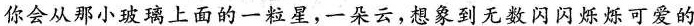
你会从那小玻璃上面的一粒星，一朵云，想象到无数闪闪烁烁可爱的